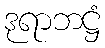
ဒုရာဘဋ္ဌံ